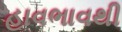
હાવભાવથી